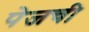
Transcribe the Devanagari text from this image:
पेजची